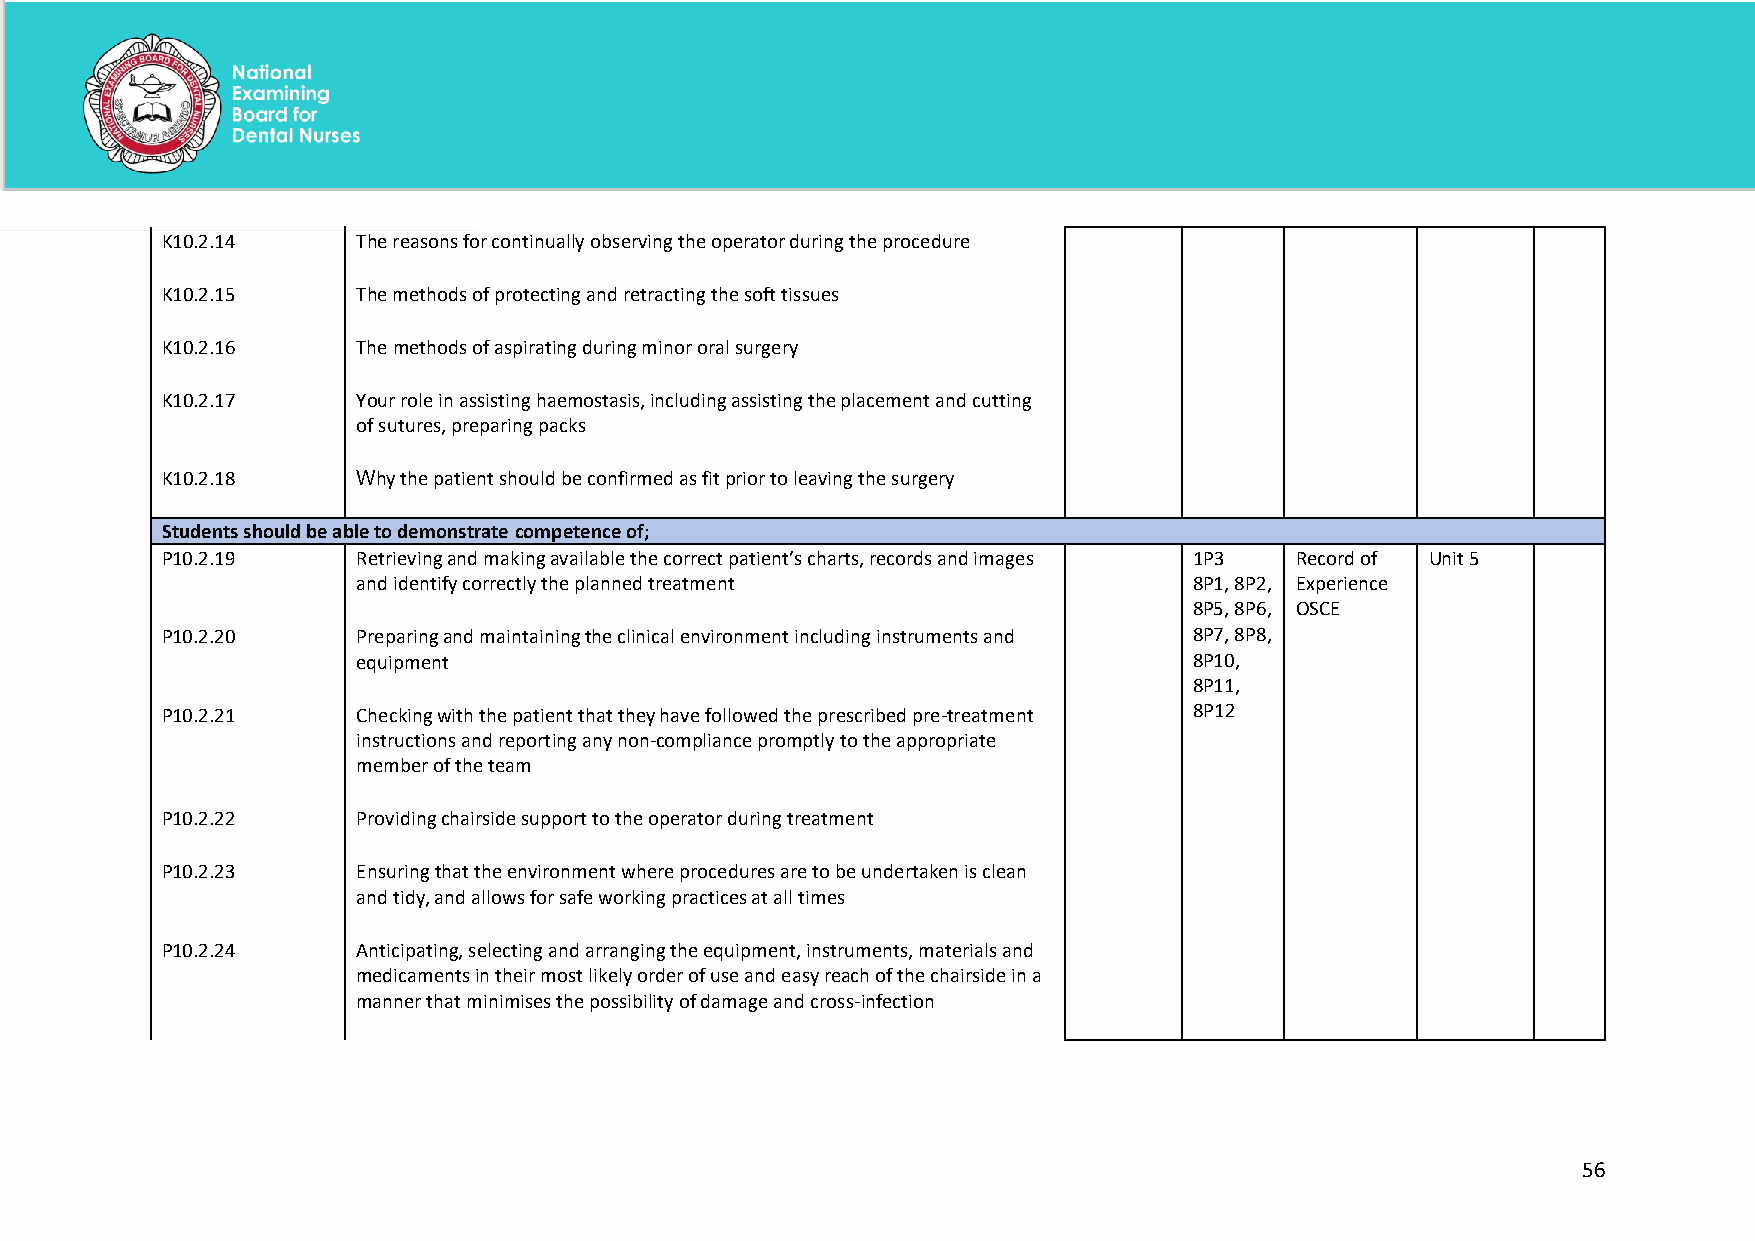
K10.2.14     The reasons for continually observing the operator during the procedure
 K10.2.15     The methods of protecting and retracting the soft tissues
 K10.2.16     The methods of aspirating during minor oral surgery
 K10.2.17     Your role in assisting haemostasis, including assisting the placement and cutting
 of sutures, preparing packs
 K10.2.18     Why the patient should be confirmed as fit prior to leaving the surgery
 Students should be able to demonstrate competence of;
 P10.2.19     Retrieving and making available the correct patient’s charts, records and images 1P3 Record of Unit 5
 and identify correctly the planned treatment           8P1, 8P2, Experience
 8P5, 8P6, OSCE
 P10.2.20     Preparing and maintaining the clinical environment including instruments and 8P7, 8P8,
 equipment                                              8P10,
 8P11,
 P10.2.21     Checking with the patient that they have followed the prescribed pre-treatment 8P12
 instructions and reporting any non-compliance promptly to the appropriate
 member of the team
 P10.2.22     Providing chairside support to the operator during treatment
 P10.2.23     Ensuring that the environment where procedures are to be undertaken is clean
 and tidy, and allows for safe working practices at all times
 P10.2.24     Anticipating, selecting and arranging the equipment, instruments, materials and
 medicaments in their most likely order of use and easy reach of the chairside in a
 manner that minimises the possibility of damage and cross-infection
 56
 National Examining Board for Dental Nurses